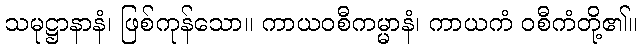
သမုဋ္ဌာနာနံ၊ ဖြစ်ကုန်သော။ ကာယဝစီကမ္မာနံ၊ ကာယကံ ဝစီကံတို့၏။